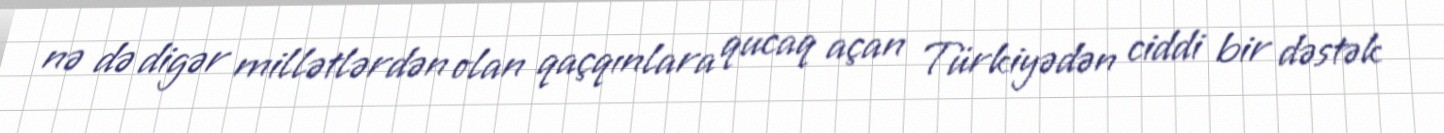
nə də digər millətlərdən olan qaçqınlara qucaq açan Türkiyədən ciddi bir dəstək